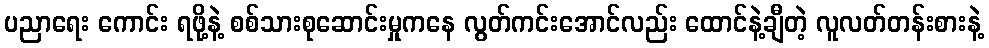
ပညာရေး ကောင်း ရဖို့နဲ့ စစ်သားစုဆောင်းမှုကနေ လွတ်ကင်းအောင်လည်း ထောင်နဲ့ချီတဲ့ လူလတ်တန်းစားနဲ့